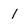
Character: 1